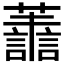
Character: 𮒹